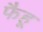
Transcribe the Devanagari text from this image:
फैहू